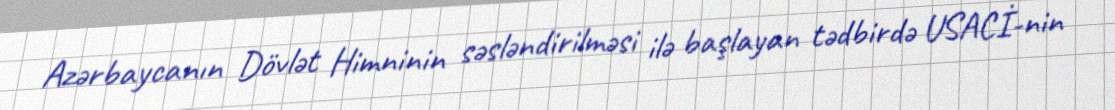
Azərbaycanın Dövlət Himninin səsləndirilməsi ilə başlayan tədbirdə USACİ-nin